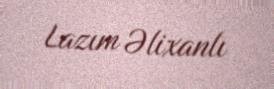
Lazım Əlixanlı